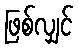
ဖြစ်လျှင်